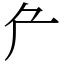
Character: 厃